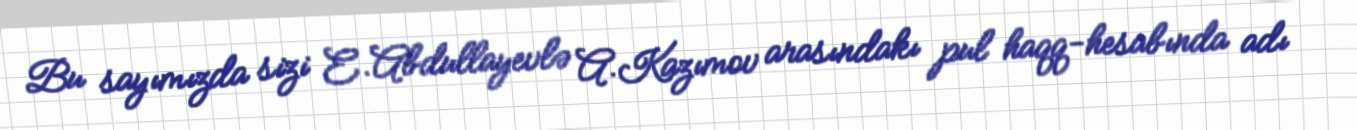
Bu sayımızda sizi E.Abdullayevlə A.Kazımov arasındakı pul haqq-hesabında adı